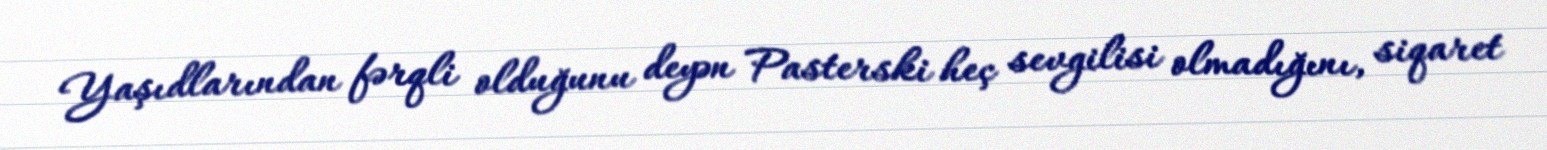
Yaşıdlarından fərqli olduğunu deyən Pasterski heç sevgilisi olmadığını, siqaret